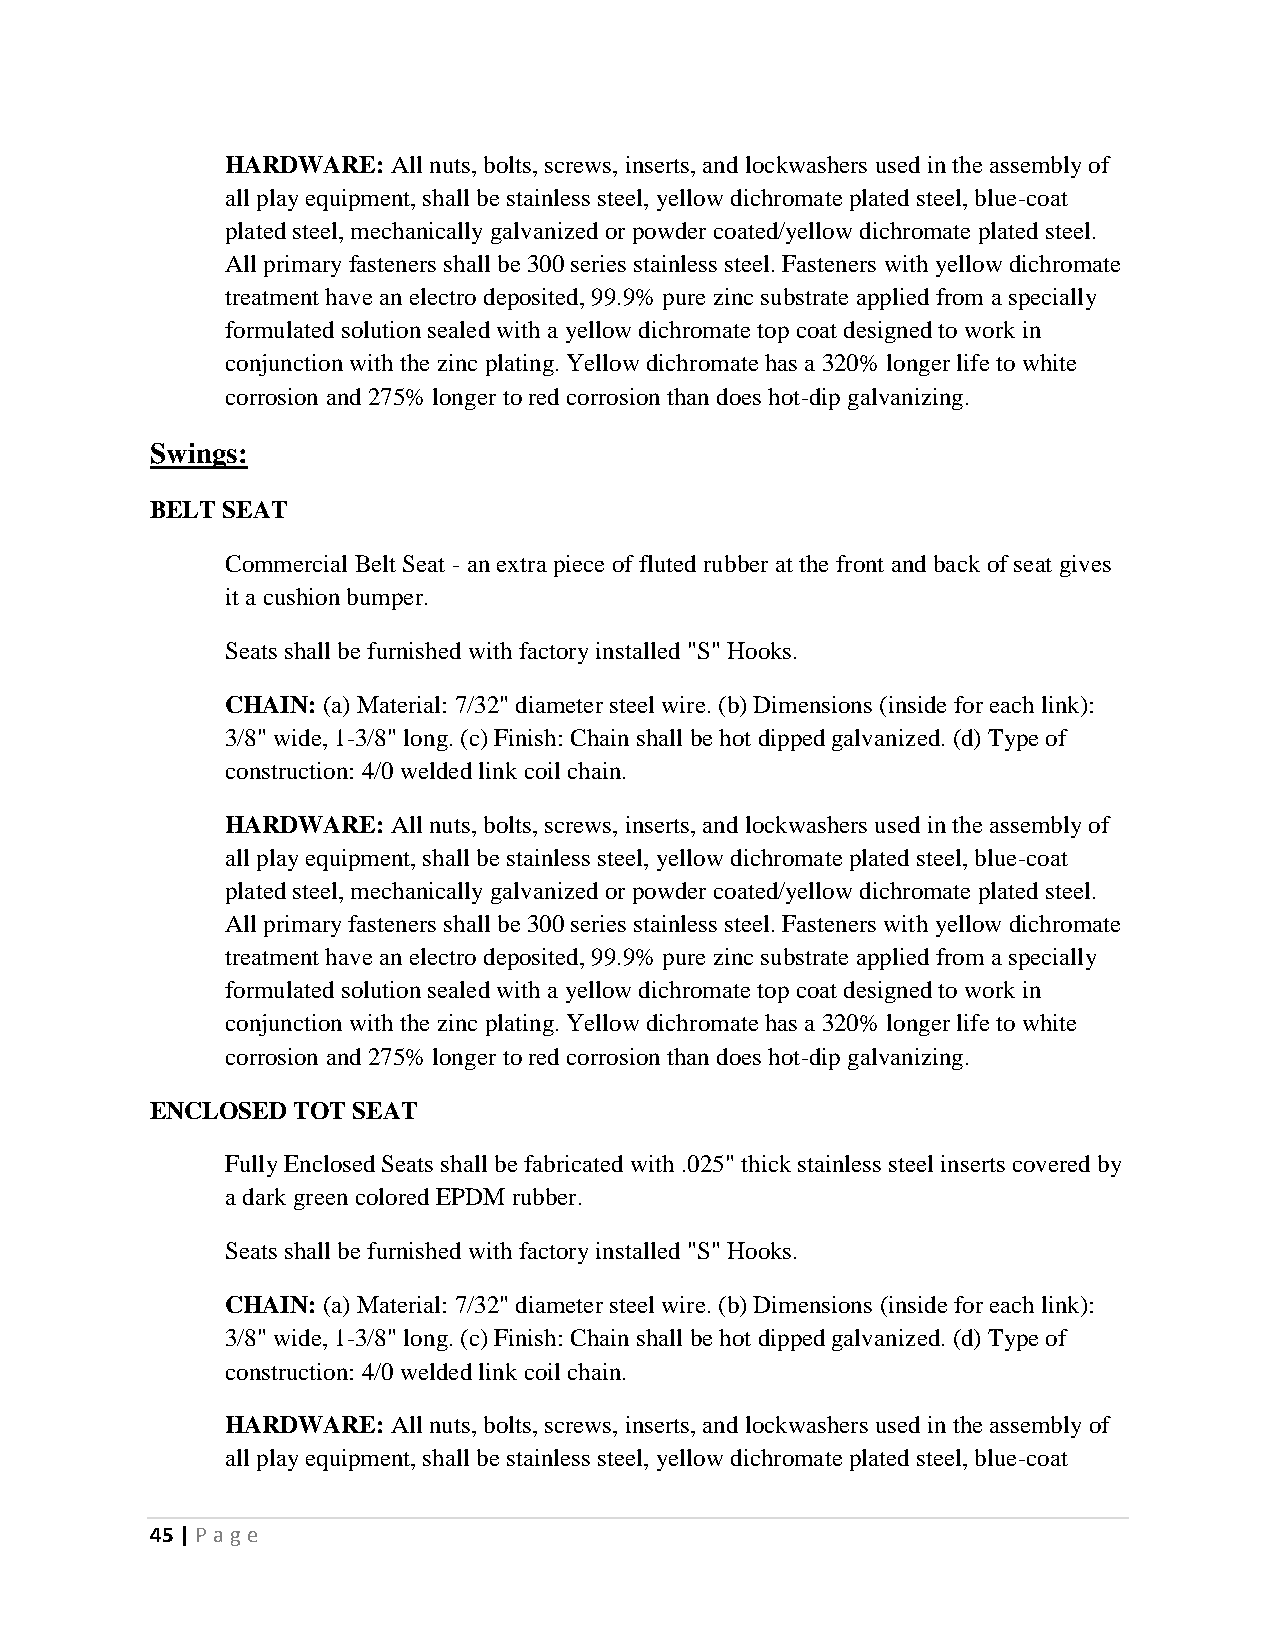
HARDWARE:  All nuts, bolts, screws, inserts, and lockwashers used in the assembly of
 all play equipment, shall be stainless steel, yellow dichromate plated steel, blue-coat
 plated steel, mechanically galvanized or powder coated/yellow dichromate plated steel.
 All primary fasteners shall be 300 series stainless steel. Fasteners with yellow dichromate
 treatment have an electro deposited, 99.9% pure zinc substrate applied from a specially
 formulated solution sealed with a yellow dichromate top coat designed to work in
 conjunction with the zinc plating. Yellow dichromate has a 320% longer life to white
 corrosion and 275% longer to red corrosion than does hot-dip galvanizing.
 Swings:
 BELT SEAT
 Commercial Belt Seat - an extra piece of fluted rubber at the front and back of seat gives
 it a cushion bumper.
 Seats shall be furnished with factory installed "S" Hooks.
 CHAIN: (a) Material: 7/32" diameter steel wire. (b) Dimensions (inside for each link):
 3/8" wide, 1-3/8" long. (c) Finish: Chain shall be hot dipped galvanized. (d) Type of
 construction: 4/0 welded link coil chain.
 HARDWARE:  All nuts, bolts, screws, inserts, and lockwashers used in the assembly of
 all play equipment, shall be stainless steel, yellow dichromate plated steel, blue-coat
 plated steel, mechanically galvanized or powder coated/yellow dichromate plated steel.
 All primary fasteners shall be 300 series stainless steel. Fasteners with yellow dichromate
 treatment have an electro deposited, 99.9% pure zinc substrate applied from a specially
 formulated solution sealed with a yellow dichromate top coat designed to work in
 conjunction with the zinc plating. Yellow dichromate has a 320% longer life to white
 corrosion and 275% longer to red corrosion than does hot-dip galvanizing.
 ENCLOSED TOT SEAT
 Fully Enclosed Seats shall be fabricated with .025" thick stainless steel inserts covered by
 a dark green colored EPDM rubber.
 Seats shall be furnished with factory installed "S" Hooks.
 CHAIN: (a) Material: 7/32" diameter steel wire. (b) Dimensions (inside for each link):
 3/8" wide, 1-3/8" long. (c) Finish: Chain shall be hot dipped galvanized. (d) Type of
 construction: 4/0 welded link coil chain.
 HARDWARE:  All nuts, bolts, screws, inserts, and lockwashers used in the assembly of
 all play equipment, shall be stainless steel, yellow dichromate plated steel, blue-coat
 45 | P age